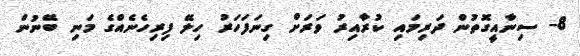
8- ސިނާއީގޮތުން ދަރިމައި ކުރާއިރު ވަރަށް ގިނަފަހަރު ހިލޭ ފިރިހެނެއްގެ މަނި ބޭނުން